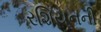
રશિયનની